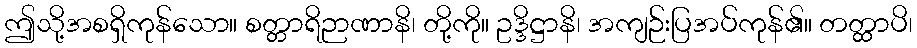
ဤသို့အစရှိကုန်သော။ စတ္တာရိဉာဏာနိ၊ တို့ကို။ ဥဒ္ဒိဋ္ဌာနိ၊ အကျဉ်းပြအပ်ကုန်၏။ တတ္ထာပိ၊